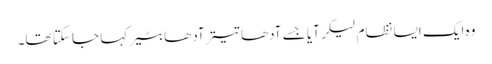
وہ ایک ایسا نظام لیکر آیا جسے آدھا تیتر آدھا بٹیر کہا جا سکتا تھا۔